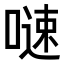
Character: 𠻣